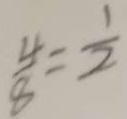
\frac { 4 } { 8 } = \frac { 1 } { 2 }